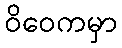
ဝိဝေကမှာ